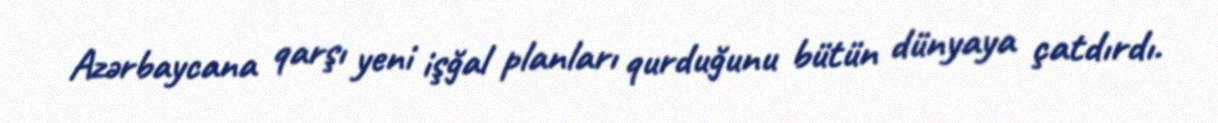
Azərbaycana qarşı yeni işğal planları qurduğunu bütün dünyaya çatdırdı.